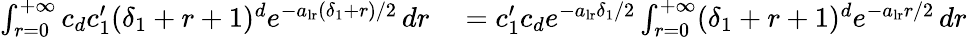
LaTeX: \begin{array}{rl}{\int_{r=0}^{+\infty}c_{d}c_{1}^{\prime}(\delta_{1}+r+1)^{d}e^{-a_{\mathrm{lr}}(\delta_{1}+r)/2}\, dr}&{{}=c_{1}^{\prime}c_{d}e^{-a_{\mathrm{lr}}\delta_{1}/2}\int_{r=0}^{+\infty}(\delta_{1}+r+1)^{d}e^{-a_{\mathrm{lr}}r/2}\, dr}\end{array}